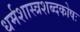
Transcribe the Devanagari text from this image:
धर्मशास्त्रशब्दकोषः